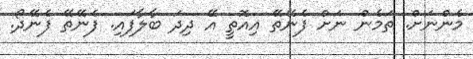
މެންނަށް. ތަމެން ނަށް ފެނޭތޭ އިއޮތީ އޭ ދިދަ ބާލާފައި. ފެނޭތޭ ފެނޭދޯ.